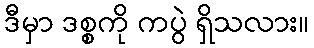
ဒီမှာ ဒစ္စကို ကပွဲ ရှိသလား။